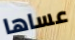
عساها